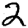
Digit: 2